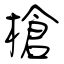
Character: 槍